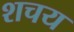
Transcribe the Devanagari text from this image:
शचय